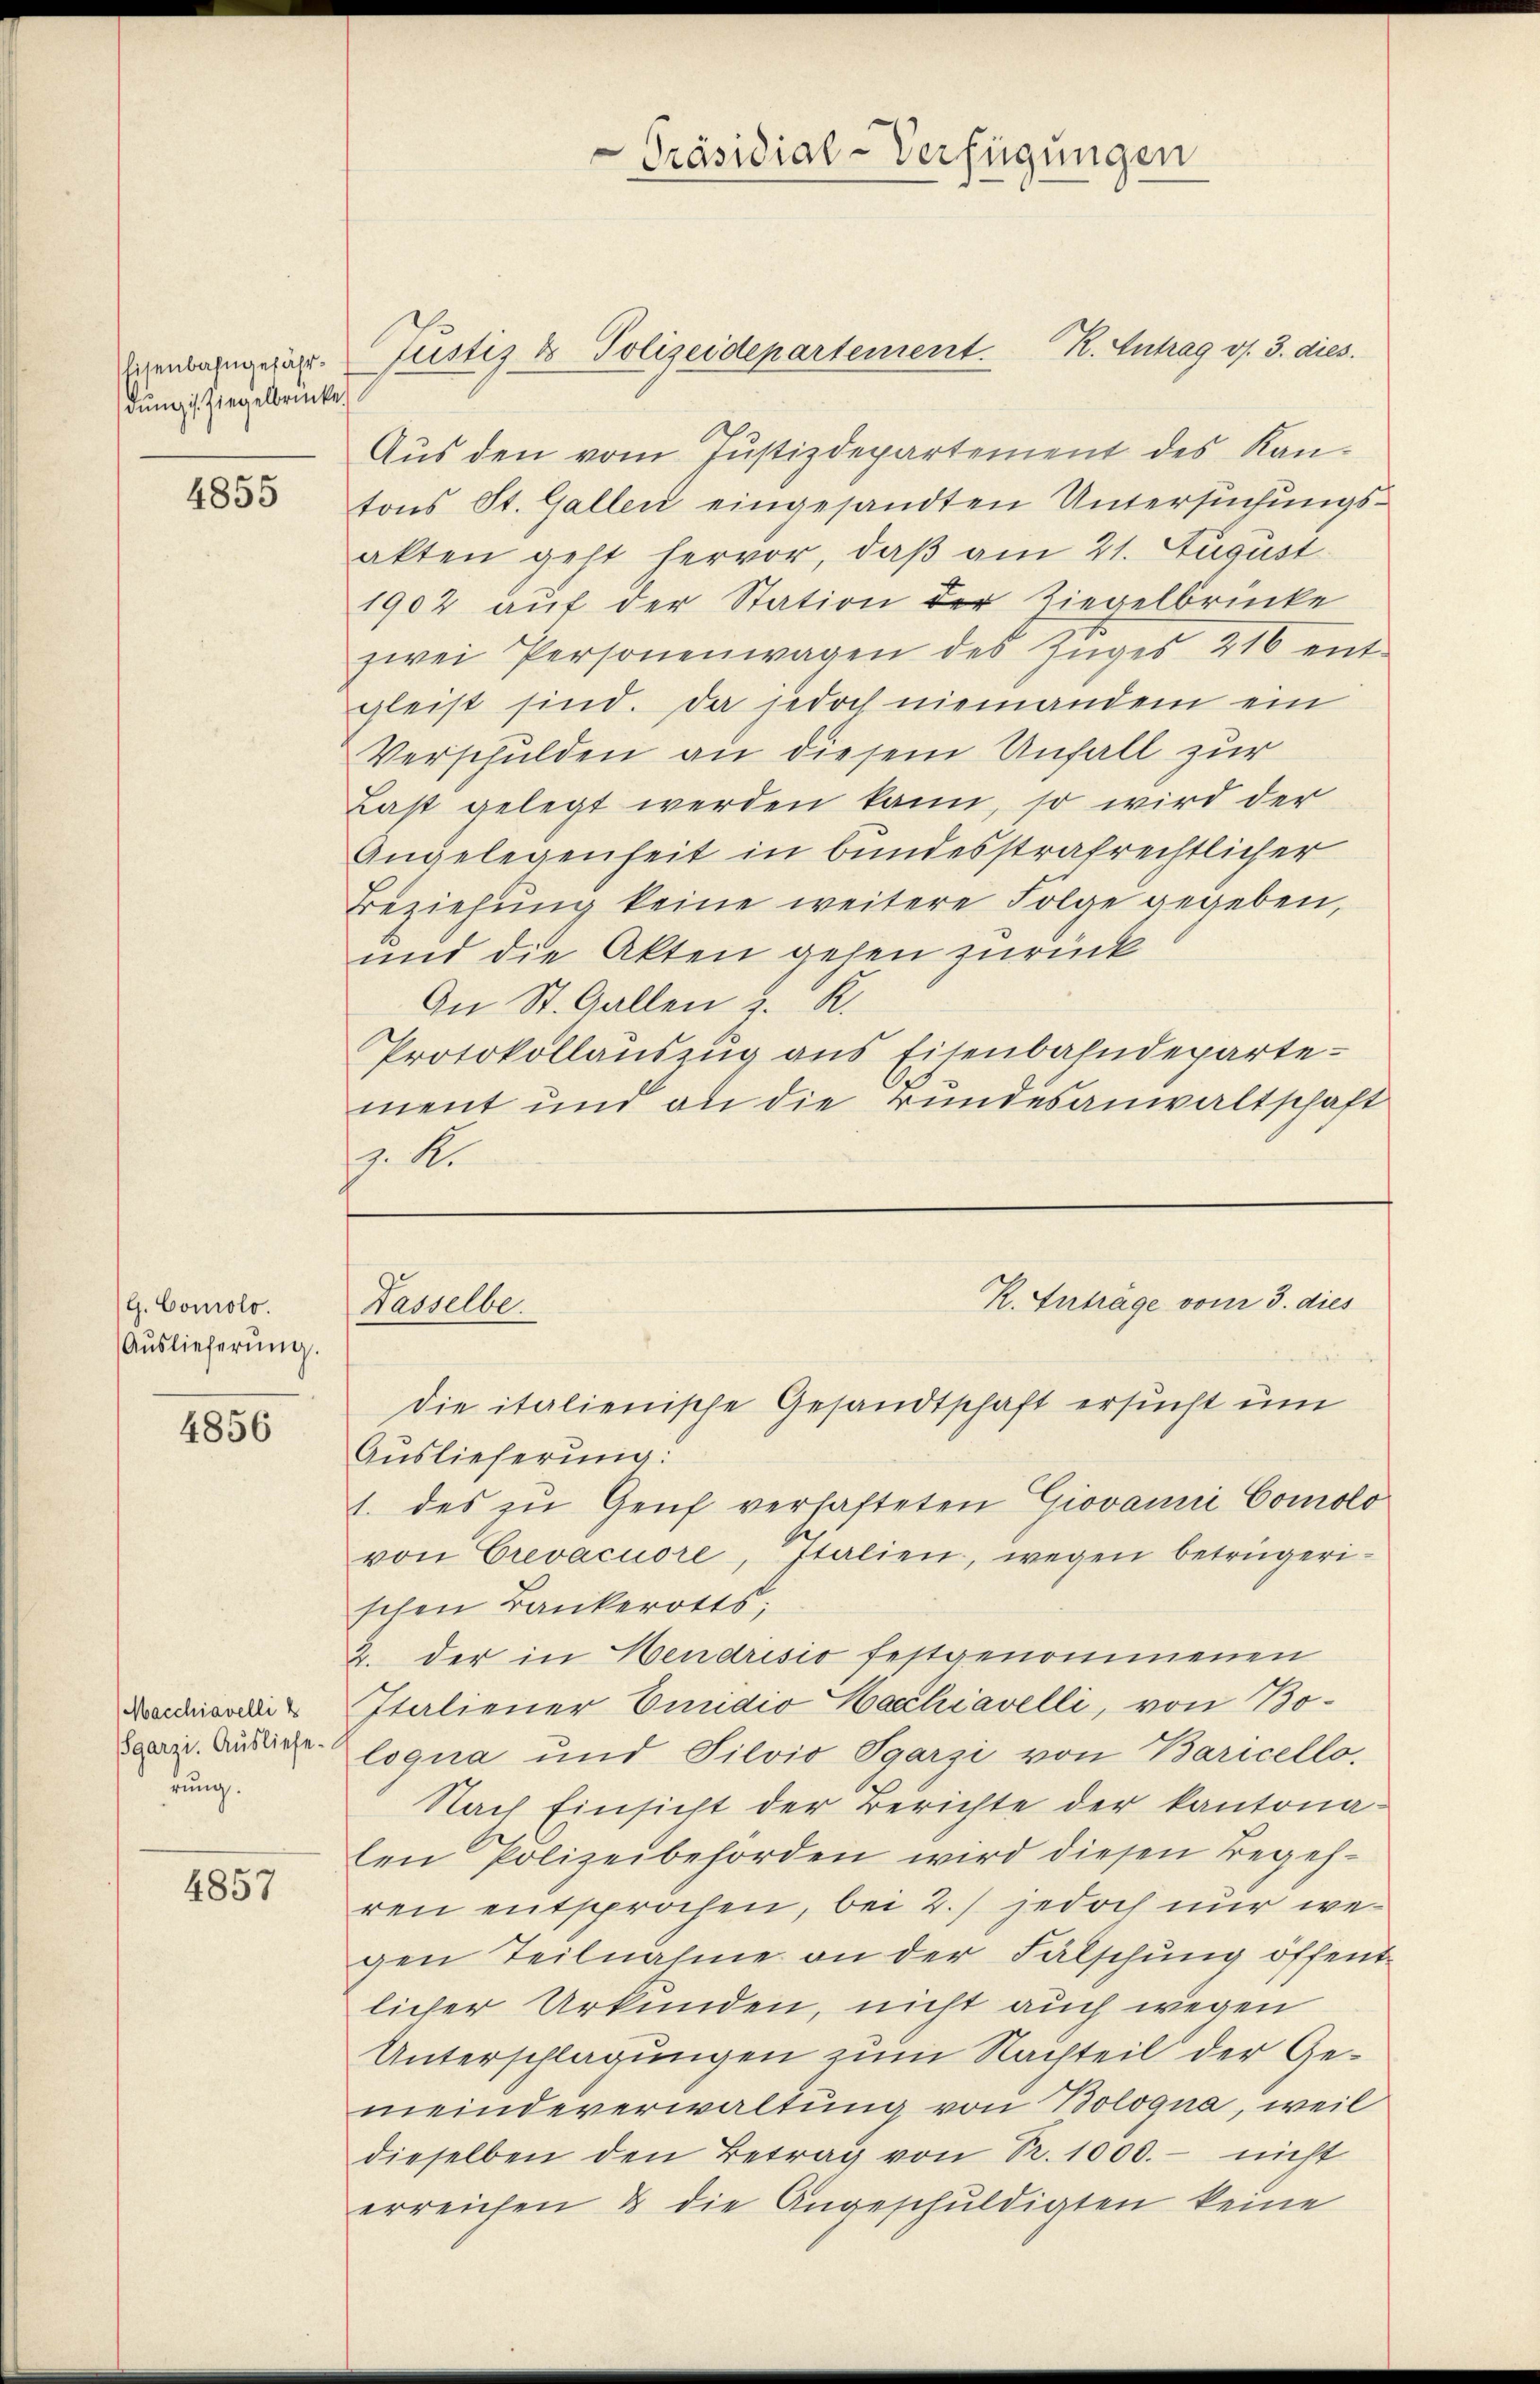
Eisenbahngefährdung, Ziegelbrücke

4855

G. Comolo.
Auslieferung.

4856

Macchiavelli
garzi. Ausliefe.
rung.

4857

Aus den vom Justizdepartement des Kantons St. Gallen eingesandten Untersuchungsakten geht hervor, daß am 21. August
1902 auf der Station der Liegelbrücke
zwei Personenwagen des Zŭges 216 ent-
gleist sind. Da jedoch niemandem ein
Verschulden an diesem Unfall zur
Last gelegt werden kann, so wird der
Angelegenheit in bundesstrafrechtlicher
Beziehŭng keine weitere Folge gegeben,
und die Akten gehen zurück
An St. Gallen z. R.
Protokollauszug aus Eisenbahndepartement und an die Bundesanwaltschaft
z. R.

Präsidial-Verfügungen

Justiz & Polizeidepartement. R. Antrag v. 3. dies

R. Antrage vom 3. dies
Nasselbe.

die italienische Gesandtschaft ersucht um
Auslieferung:
1. des zu Genf verhafteten Giovanić Comolo
von Crevacuore, Italien, wegen betrügerischen Bankerotts;
2. der in Hendrisio festgenommenen
Italiener Einidio Marchiavelli, von Bologna und Silvio Pgarzi von Baricello,
Nach Einsicht der Berichte der kantonaten Polizeibehörden wird diesen Begehren entsprochen, bei 2.) jedoch nur wegen Teilnahme an der Fälschung öffentlicher Urkunden, nicht auch wegen
Unterschlagungen zum Nachteil der Gemeindeverwaltung von Bologna, weil
dieselben den Betrag von Nr. 1000.- nicht
erreichen & die Angeschuldigten keine